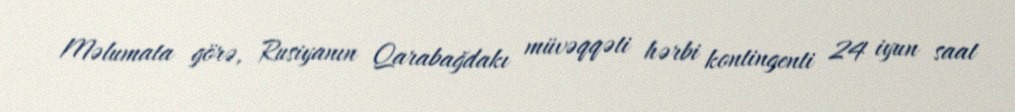
Məlumata görə, Rusiyanın Qarabağdakı müvəqqəti hərbi kontingenti 24 iyun saat